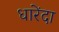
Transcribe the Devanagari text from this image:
धारेंदा